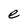
Character: e